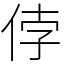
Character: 侼